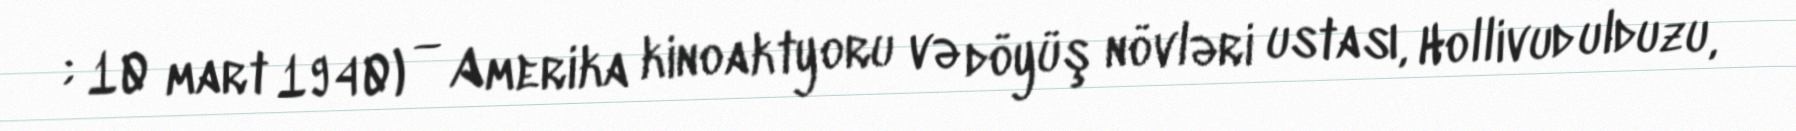
; 10 mart 1940) — Amerika kinoaktyoru və döyüş növləri ustası, Hollivud ulduzu,